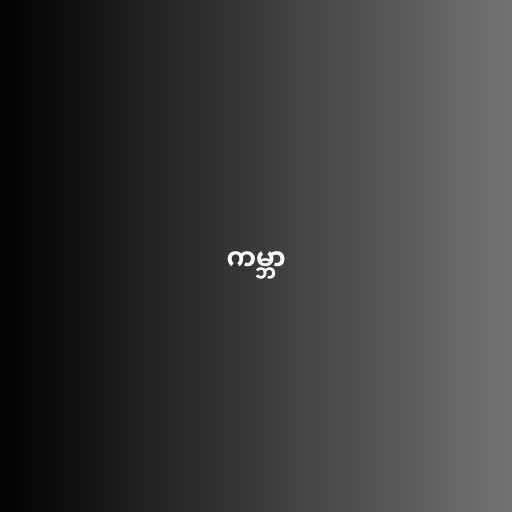
ကမ္ဘာ